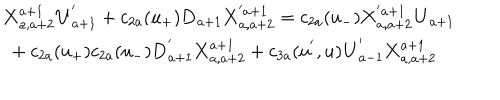
LaTeX: \begin{array} { l } { { { \bf X } _ { a , a + 2 } ^ { a + 1 } { \bf U } _ { a + 1 } ^ { ' } + c _ { 2 a } ( u _ { + } ) { \bf D } _ { a + 1 } { \bf X } _ { a , a + 2 } ^ { ' a + 1 } = c _ { 2 a } ( u _ { - } ) { \bf X } _ { a , a + 2 } ^ { ' a + 1 } { \bf U } _ { a + 1 } } } \\ { { \mathrm { ~ } + c _ { 2 a } ( u _ { + } ) c _ { 2 a } ( u _ { - } ) { \bf D } _ { a + 1 } ^ { ' } { \bf X } _ { a , a + 2 } ^ { a + 1 } + c _ { 3 a } ( u ^ { ' } , u ) { \bf U } _ { a - 1 } ^ { ' } { \bf X } _ { a , a + 2 } ^ { a + 1 } } } \\ \end{array}